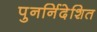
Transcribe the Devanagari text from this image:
पुनर्निदेशित